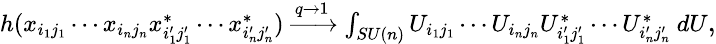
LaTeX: \begin{array}{r}{{\small h(x_{i_{1}j_{1}}\cdots x_{i_{n}j_{n}}x_{i_{1}^{\prime}j_{1}^{\prime}}^{*}\cdots x_{i_{n}^{\prime}j_{n}^{\prime}}^{*})\xrightarrow{q\rightarrow 1}\int_{SU(n)}U_{i_{1}j_{1}}\cdots U_{i_{n}j_{n}}U_{i_{1}^{\prime}j_{1}^{\prime}}^{*}\cdots U_{i_{n}^{\prime}j_{n}^{\prime}}^{*}\ dU},}\end{array}